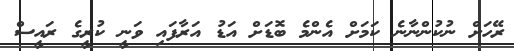
ރޭހަށް ނުކުންނާނެ ކަމަށް އެންމެ ބޮޑަށް އަޑު އަރާފައި ވަނީ ކުރީގެ ރައީސް